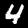
Digit: 4